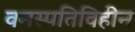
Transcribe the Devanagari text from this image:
वनस्पतिविहीन